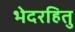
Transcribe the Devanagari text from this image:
भेदरहितु